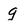
Character: q